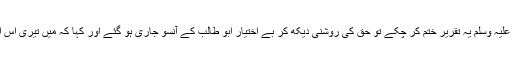
اور جب آنحضرت صلی اللہ علیہ وسلم یہ تقریر ختم کر چکے تو حق کی روشنی دیکھ کر بے اختیار ابو طالب کے آنسو جاری ہو گئے اور کہا کہ مَیں تیری اس اعلیٰ حالت سے بے خبر تھا۔